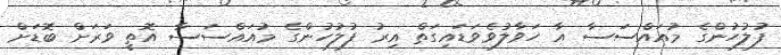
ފުލުހުންގެ މުއައްސަސާ އާ ހަވާލުވެވަޑައިގަތް އިރު ފުލުހުންގެ މުއައްސަސާ އޮތީ ވަރަށް ބޮޑަށް